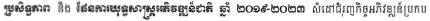
ប្រសិទ្ធភាព និង ផែនការយុទ្ធសាស្រ្តអភិវឌ្ឍន៍ជាតិ ឆ្នាំ ២០១៩-២០២៣ សំដៅជំរុញកិច្ចអភិវឌ្ឍន៍ប្រកប